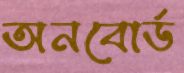
অনবোর্ড